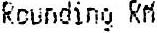
ROUNDING RM